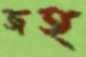
জহ